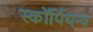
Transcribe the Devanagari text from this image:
स्कॉर्पियन्य